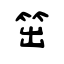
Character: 笜